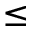
\leq